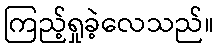
ကြည့်ရှုခဲ့လေသည်။